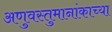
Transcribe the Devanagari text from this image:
अणुवस्तुमानांकाच्या